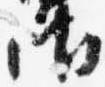
御